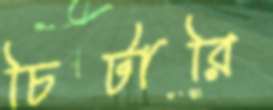
চিটারি